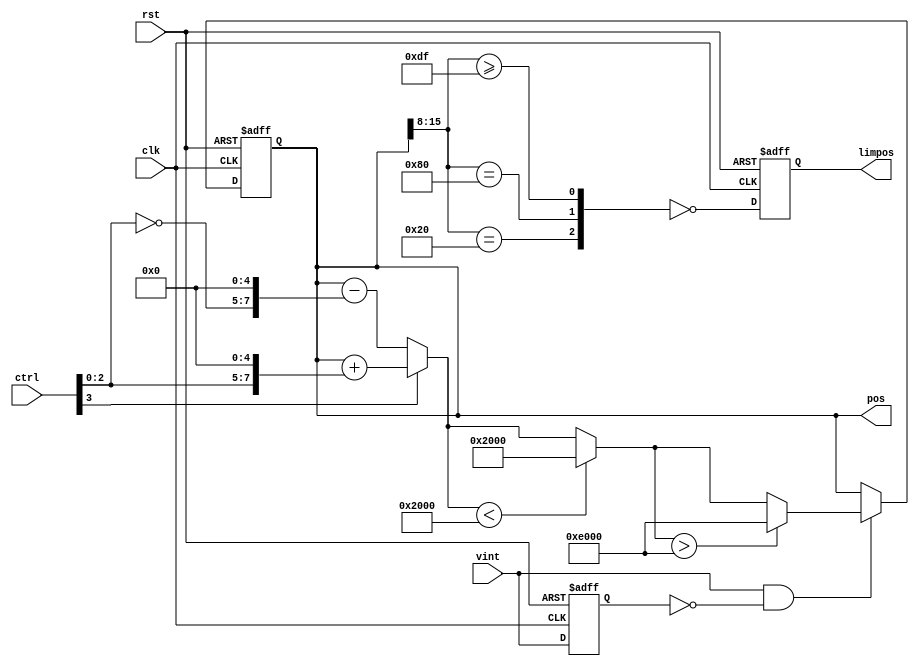
/*  This file is part of JTS16.
    JTS16 program is free software: you can redistribute it and/or modify
    it under the terms of the GNU General Public License as published by
    the Free Software Foundation, either version 3 of the License, or
    (at your option) any later version.

    JTS16 program is distributed in the hope that it will be useful,
    but WITHOUT ANY WARRANTY; without even the implied warranty of
    MERCHANTABILITY or FITNESS FOR A PARTICULAR PURPOSE.  See the
    GNU General Public License for more details.

    You should have received a copy of the GNU General Public License
    along with JTS16.  If not, see <http://www.gnu.org/licenses/>.

    Author: Jose Tejada Gomez. Twitter: @topapate
    Version: 1.0
    Date: 18-7-2022 */

// dummy motor, follows MAME's implementation

module jtoutrun_motor(
    input              rst,
    input              clk,
    input              vint,
    input      [ 7:0]  ctrl,
    output reg [ 2:0]  limpos,
    output reg [15:0]  pos
);

localparam [15:0] LEFTLIM  = 16'h2000, 
                  RIGHTLIM = 16'he000;

reg        vintl;
reg [15:0] nx_pos;

always @* begin
    nx_pos = ctrl[3] ? 
        pos + { 8'd0,  ctrl[2:0], 5'd0 } : // right
        pos - { 8'd0, ~ctrl[2:0], 5'd0 };
    if( nx_pos < LEFTLIM  ) nx_pos = LEFTLIM;
    if( nx_pos > RIGHTLIM ) nx_pos = RIGHTLIM;
end

always @(posedge clk, posedge rst ) begin
    if( rst ) begin
        pos    <= 16'h8000;
        vintl  <= 0;
        limpos <= 0;
    end else begin
        vintl <= vint;
        limpos <= ~{
            pos[15:8]==LEFTLIM[15:8],
            pos[15:8]==8'h80,
            pos[15:8]>=RIGHTLIM[15:8]-8'h1
        };
        if( vint && !vintl )
            pos <= nx_pos;
    end
end

endmodule